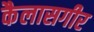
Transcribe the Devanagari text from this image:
कैलासगीर